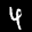
Label: 4